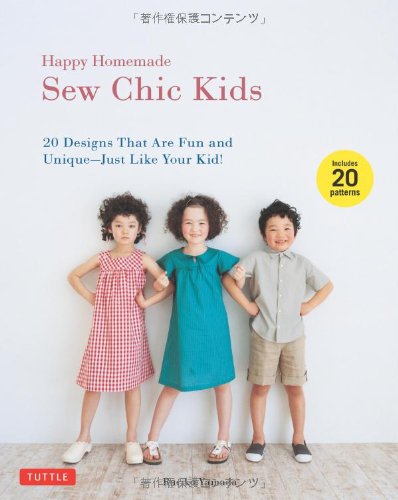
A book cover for Happy Homemade: Sew Chic Kids: 20 Designs That are Fun and Unique-Just Like Your Kid!; Ruriko Yamada; Arts & Photography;